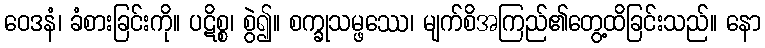
ဝေဒနံ၊ ခံစားခြင်းကို။ ပဋိစ္စ၊ စွဲ၍။ စက္ခုသမ္ဖဿေ၊ မျက်စိအကြည်၏တွေ့ထိခြင်းသည်။ နော